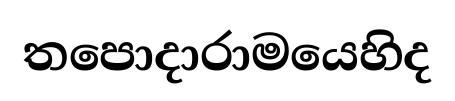
තපොදාරාමයෙහිද